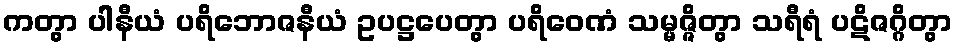
ကတွာ ပါနီယံ ပရိဘောဇနီယံ ဥပဋ္ဌပေတွာ ပရိဝေဏံ သမ္မဇ္ဇိတွာ သရီရံ ပဋိဇဂ္ဂိတွာ